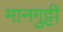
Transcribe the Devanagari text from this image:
मानगुट्टी